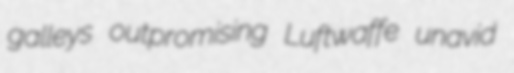
galleys outpromising Luftwaffe unavid